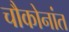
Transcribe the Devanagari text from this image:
चौकोनांत